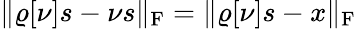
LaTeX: \| \varrho[\nu]s-\nu s\| _{\mathrm{F}}=\| \varrho[\nu]s-x\| _{\mathrm{F}}